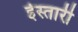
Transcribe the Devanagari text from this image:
ईस्तारी